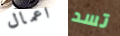
اعمال تسد